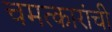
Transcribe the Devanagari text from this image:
चमत्कारांची